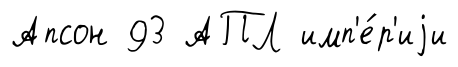
Апсон 93 АПЛ имп'е́р'иjи